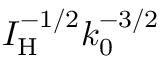
I _ { \mathrm { H } } ^ { - 1 / 2 } k _ { 0 } ^ { - 3 / 2 }